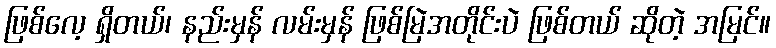
ဖြစ်လေ့ ရှိတယ်၊ နည်းမှန် လမ်းမှန် ဖြစ်မြဲအတိုင်းပဲ ဖြစ်တယ် ဆိုတဲ့ အမြင်။